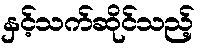
နှင့်သက်ဆိုင်သည့်